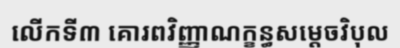
លើកទី៣ គោរពវិញ្ញាណក្ខន្ធសម្តេចវិបុល